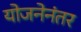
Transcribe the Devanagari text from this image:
योजनेनंतर